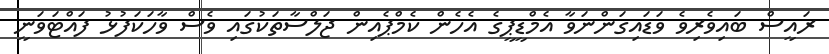
ރައީސް ބައިވެރިވެ ވަޑައިގަންނަވާ އެމްޑީޕީގެ އެހެން ކެމްޕެއިން ޖަލްސާތަކުގައި ވެސް ވާހަކަފުޅު ފައްޓަވަނީ